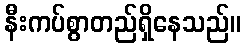
နီးကပ်စွာတည်ရှိနေသည်။